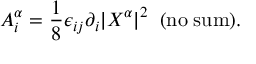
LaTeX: A _ { i } ^ { \alpha } = \frac { 1 } { 8 } \epsilon _ { i j } \partial _ { i } | X ^ { \alpha } | ^ { 2 } \; \; \mathrm { ( n o \; s u m ) } .